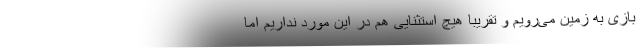
بازی به زمین می‌رویم و تقریبا هیچ استثنایی هم در این مورد نداریم اما